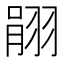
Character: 𦐽